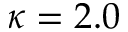
\kappa = 2 . 0